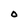
Character: O